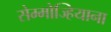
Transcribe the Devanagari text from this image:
सेम्मोज्हियाना